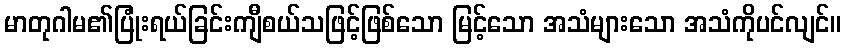
မာတုဂါမ၏ပြုံးရယ်ခြင်းကျီစယ်သဖြင့်ဖြစ်သော မြင့်သော အသံများသော အသံကိုပင်လျင်။